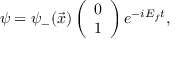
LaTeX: \psi = { \psi } _ { - } ( \vec { x } ) \left( \begin{array} { c } { { 0 } } \\ { { 1 } } \end{array} \right) e ^ { - i E _ { f } t } ,